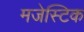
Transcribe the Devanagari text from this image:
मजेस्टिक